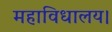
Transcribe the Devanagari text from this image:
महाविधालय।